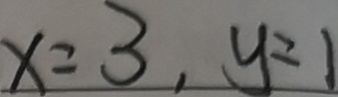
x = 3 , y = 1